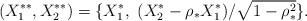
LaTeX: \begin{align*}(X_1^{**}, X_2^{**}) = \{X^*_1 , ~ (X^*_2 - \rho_* X^*_1)/\sqrt{1 - \rho_*^2} \}.\end{align*}